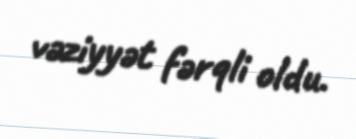
vəziyyət fərqli oldu.